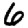
Digit: 6